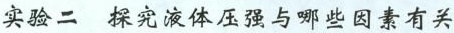
实验二 探究液体压强与哪些因素有关